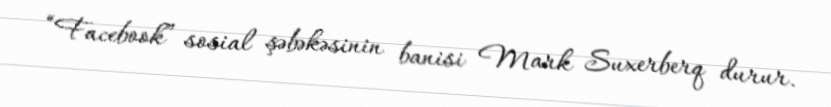
“Facebook” sosial şəbəkəsinin banisi Mark Suxerberq durur.